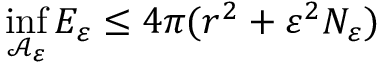
\operatorname* { i n f } _ { \mathcal A _ { \varepsilon } } E _ { \varepsilon } \leq 4 \pi ( r ^ { 2 } + \varepsilon ^ { 2 } N _ { \varepsilon } )